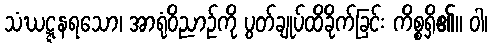
သံဃဋ္ဋနရသော၊ အာရုံဝိညာဉ်ကို ပွတ်ချုပ်ထိခိုက်ခြင်း ကိစ္စရှိ၏။ ဝါ၊